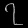
Digit: ၇